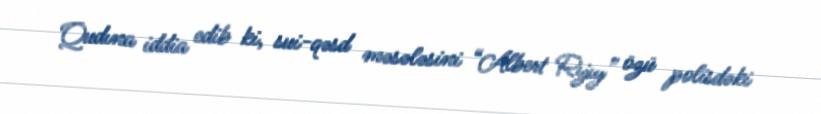
Qudına iddia edib ki, sui-qəsd məsələsini “Albert Rıjıy” özü polisdəki